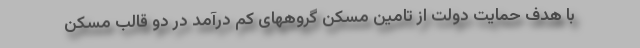
با هدف حمایت دولت از تامین مسکن گروههای کم درآمد در دو قالب مسکن